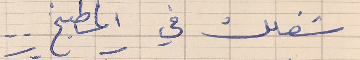
شغلك في المطبخ  . .